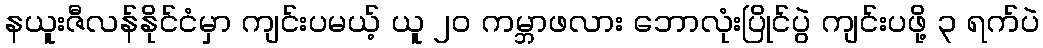
နယူးဇီလန်နိုင်ငံမှာ ကျင်းပမယ့် ယူ ၂၀ ကမ္ဘာဖလား ဘောလုံးပြိုင်ပွဲ ကျင်းပဖို့ ၃ ရက်ပဲ